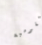
القومية